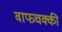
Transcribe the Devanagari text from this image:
वाफचक्की